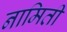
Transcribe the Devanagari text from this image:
नामिती